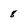
Character: 8